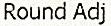
ROUND ADJ